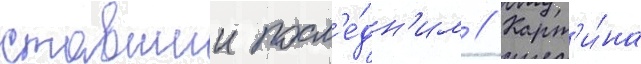
ставшии посл'е́дн'им // Карт'и́на